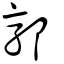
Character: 郭